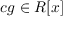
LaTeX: c g \in R [ x ]